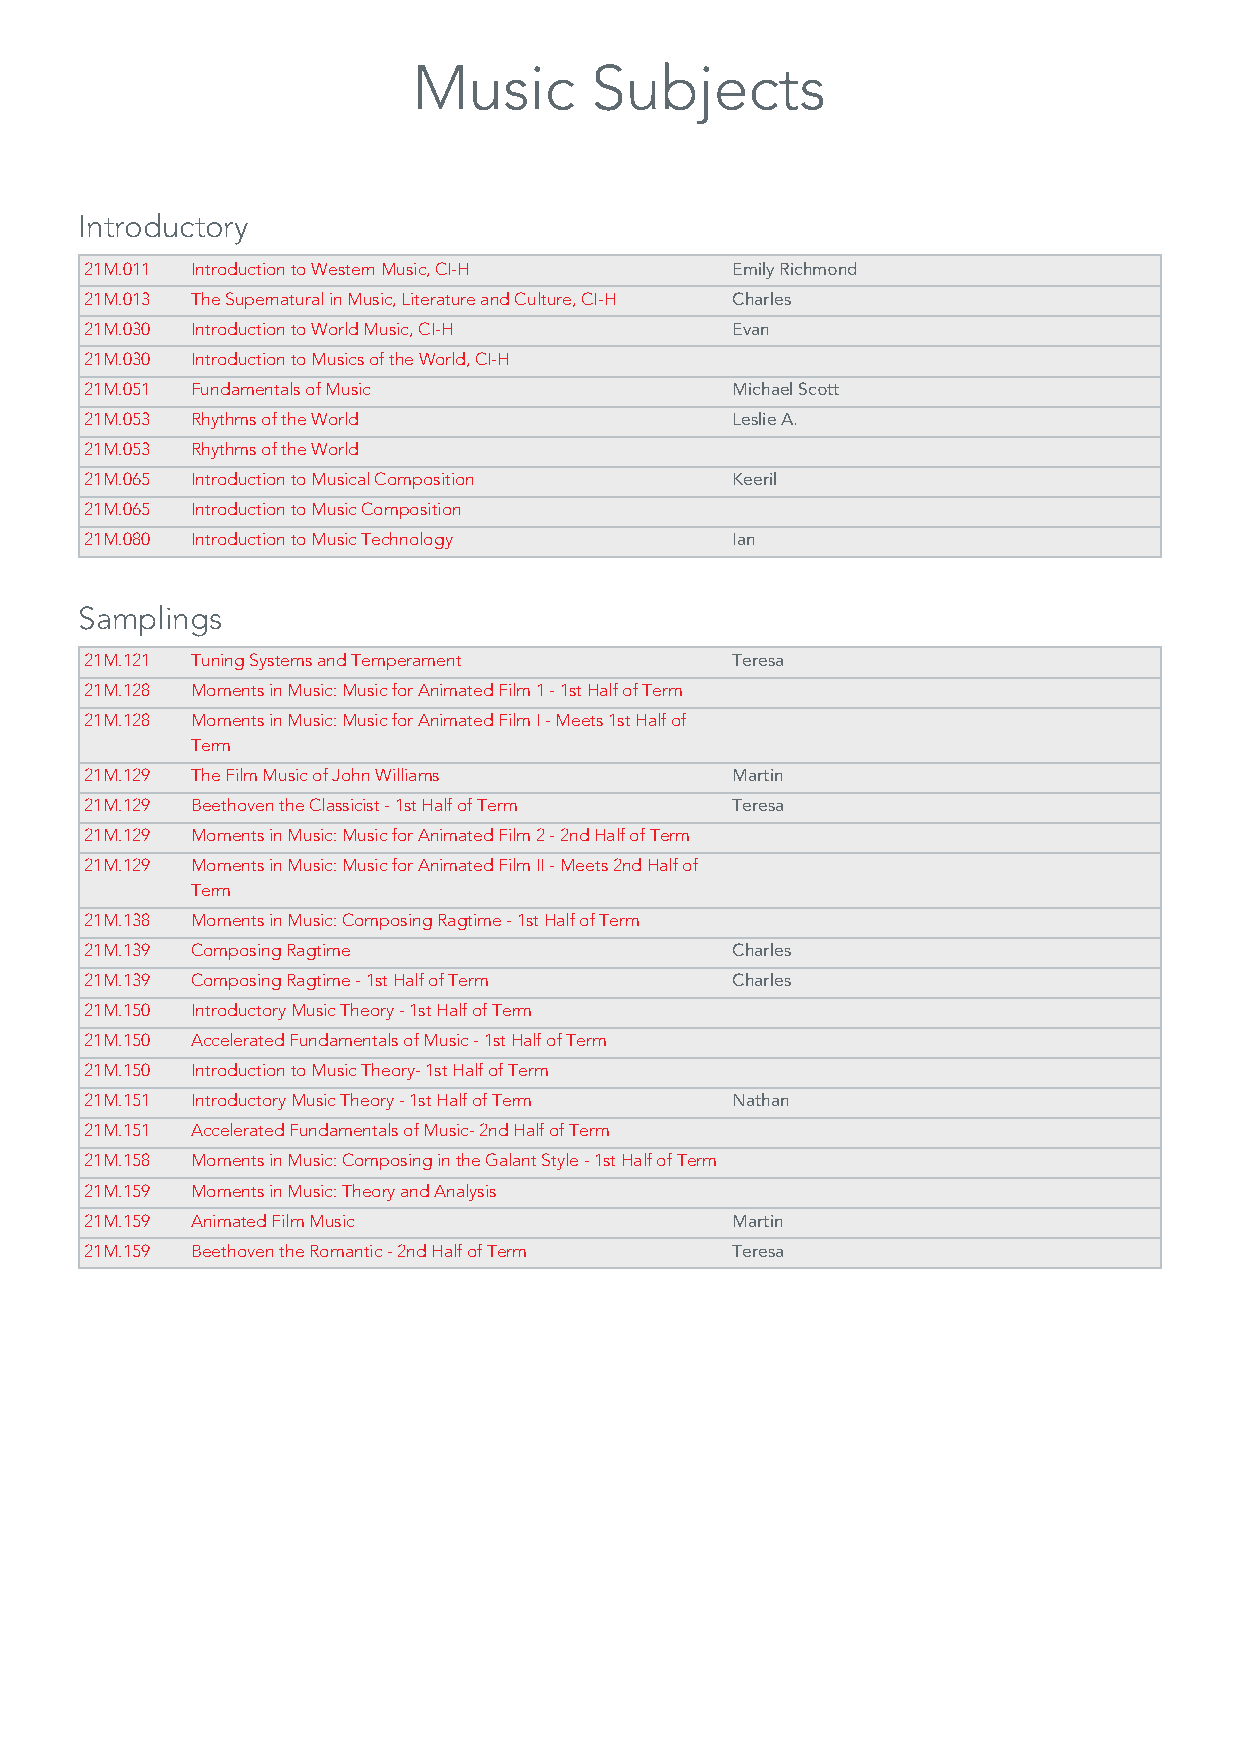
Music       Subjects
 Introductory
 21M.011 Introduction to Western Music, CI-H Emily Richmond
 21M.013 The Supernatural in Music, Literature and Culture, CI-H Charles
 21M.030 Introduction to World Music, CI-H Evan
 21M.030 Introduction to Musics of the World, CI-H
 21M.051 Fundamentals of Music             Michael Scott
 21M.053 Rhythms of the World              Leslie A.
 21M.053 Rhythms of the World
 21M.065 Introduction to Musical Composition Keeril
 21M.065 Introduction to Music Composition
 21M.080 Introduction to Music Technology  Ian
 Samplings
 21M.121 Tuning Systems and Temperament    Teresa
 21M.128 Moments in Music: Music for Animated Film 1 - 1st Half of Term
 21M.128 Moments in Music: Music for Animated Film I - Meets 1st Half of
 Term
 21M.129 The Film Music of John Williams   Martin
 21M.129 Beethoven the Classicist - 1st Half of Term Teresa
 21M.129 Moments in Music: Music for Animated Film 2 - 2nd Half of Term
 21M.129 Moments in Music: Music for Animated Film II - Meets 2nd Half of
 Term
 21M.138 Moments in Music: Composing Ragtime - 1st Half of Term
 21M.139 Composing Ragtime                 Charles
 21M.139 Composing Ragtime - 1st Half of Term Charles
 21M.150 Introductory Music Theory - 1st Half of Term
 21M.150 Accelerated Fundamentals of Music - 1st Half of Term
 21M.150 Introduction to Music Theory- 1st Half of Term
 21M.151 Introductory Music Theory - 1st Half of Term Nathan
 21M.151 Accelerated Fundamentals of Music- 2nd Half of Term
 21M.158 Moments in Music: Composing in the Galant Style - 1st Half of Term
 21M.159 Moments in Music: Theory and Analysis
 21M.159 Animated Film Music               Martin
 21M.159 Beethoven the Romantic - 2nd Half of Term Teresa